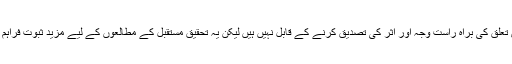
تاہم، ہم اس تعلق کی براہ راست وجہ اور اثر کی تصدیق کرنے کے قابل نہیں ہیں لیکن یہ تحقیق مستقبل کے مطالعوں کے لیے مزید ثبوت فراہم کرتی ہے'۔